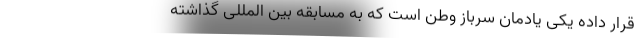
قرار داده یکی یادمان سرباز وطن است که به مسابقه بین المللی گذاشته